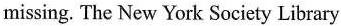
missing.The New York Society Library